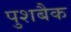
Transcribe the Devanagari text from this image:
पुशबैक